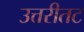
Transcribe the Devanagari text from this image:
उत्तरीतट